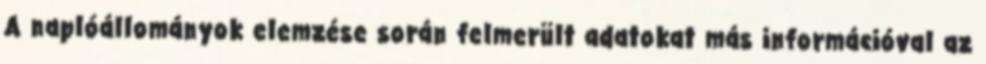
A naplóállományok elemzése során felmerült adatokat más információval az